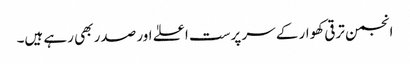
انجمن ترقی کھوار کے سر پرست اعلےٰ اور صدر بھی رہے ہیں۔